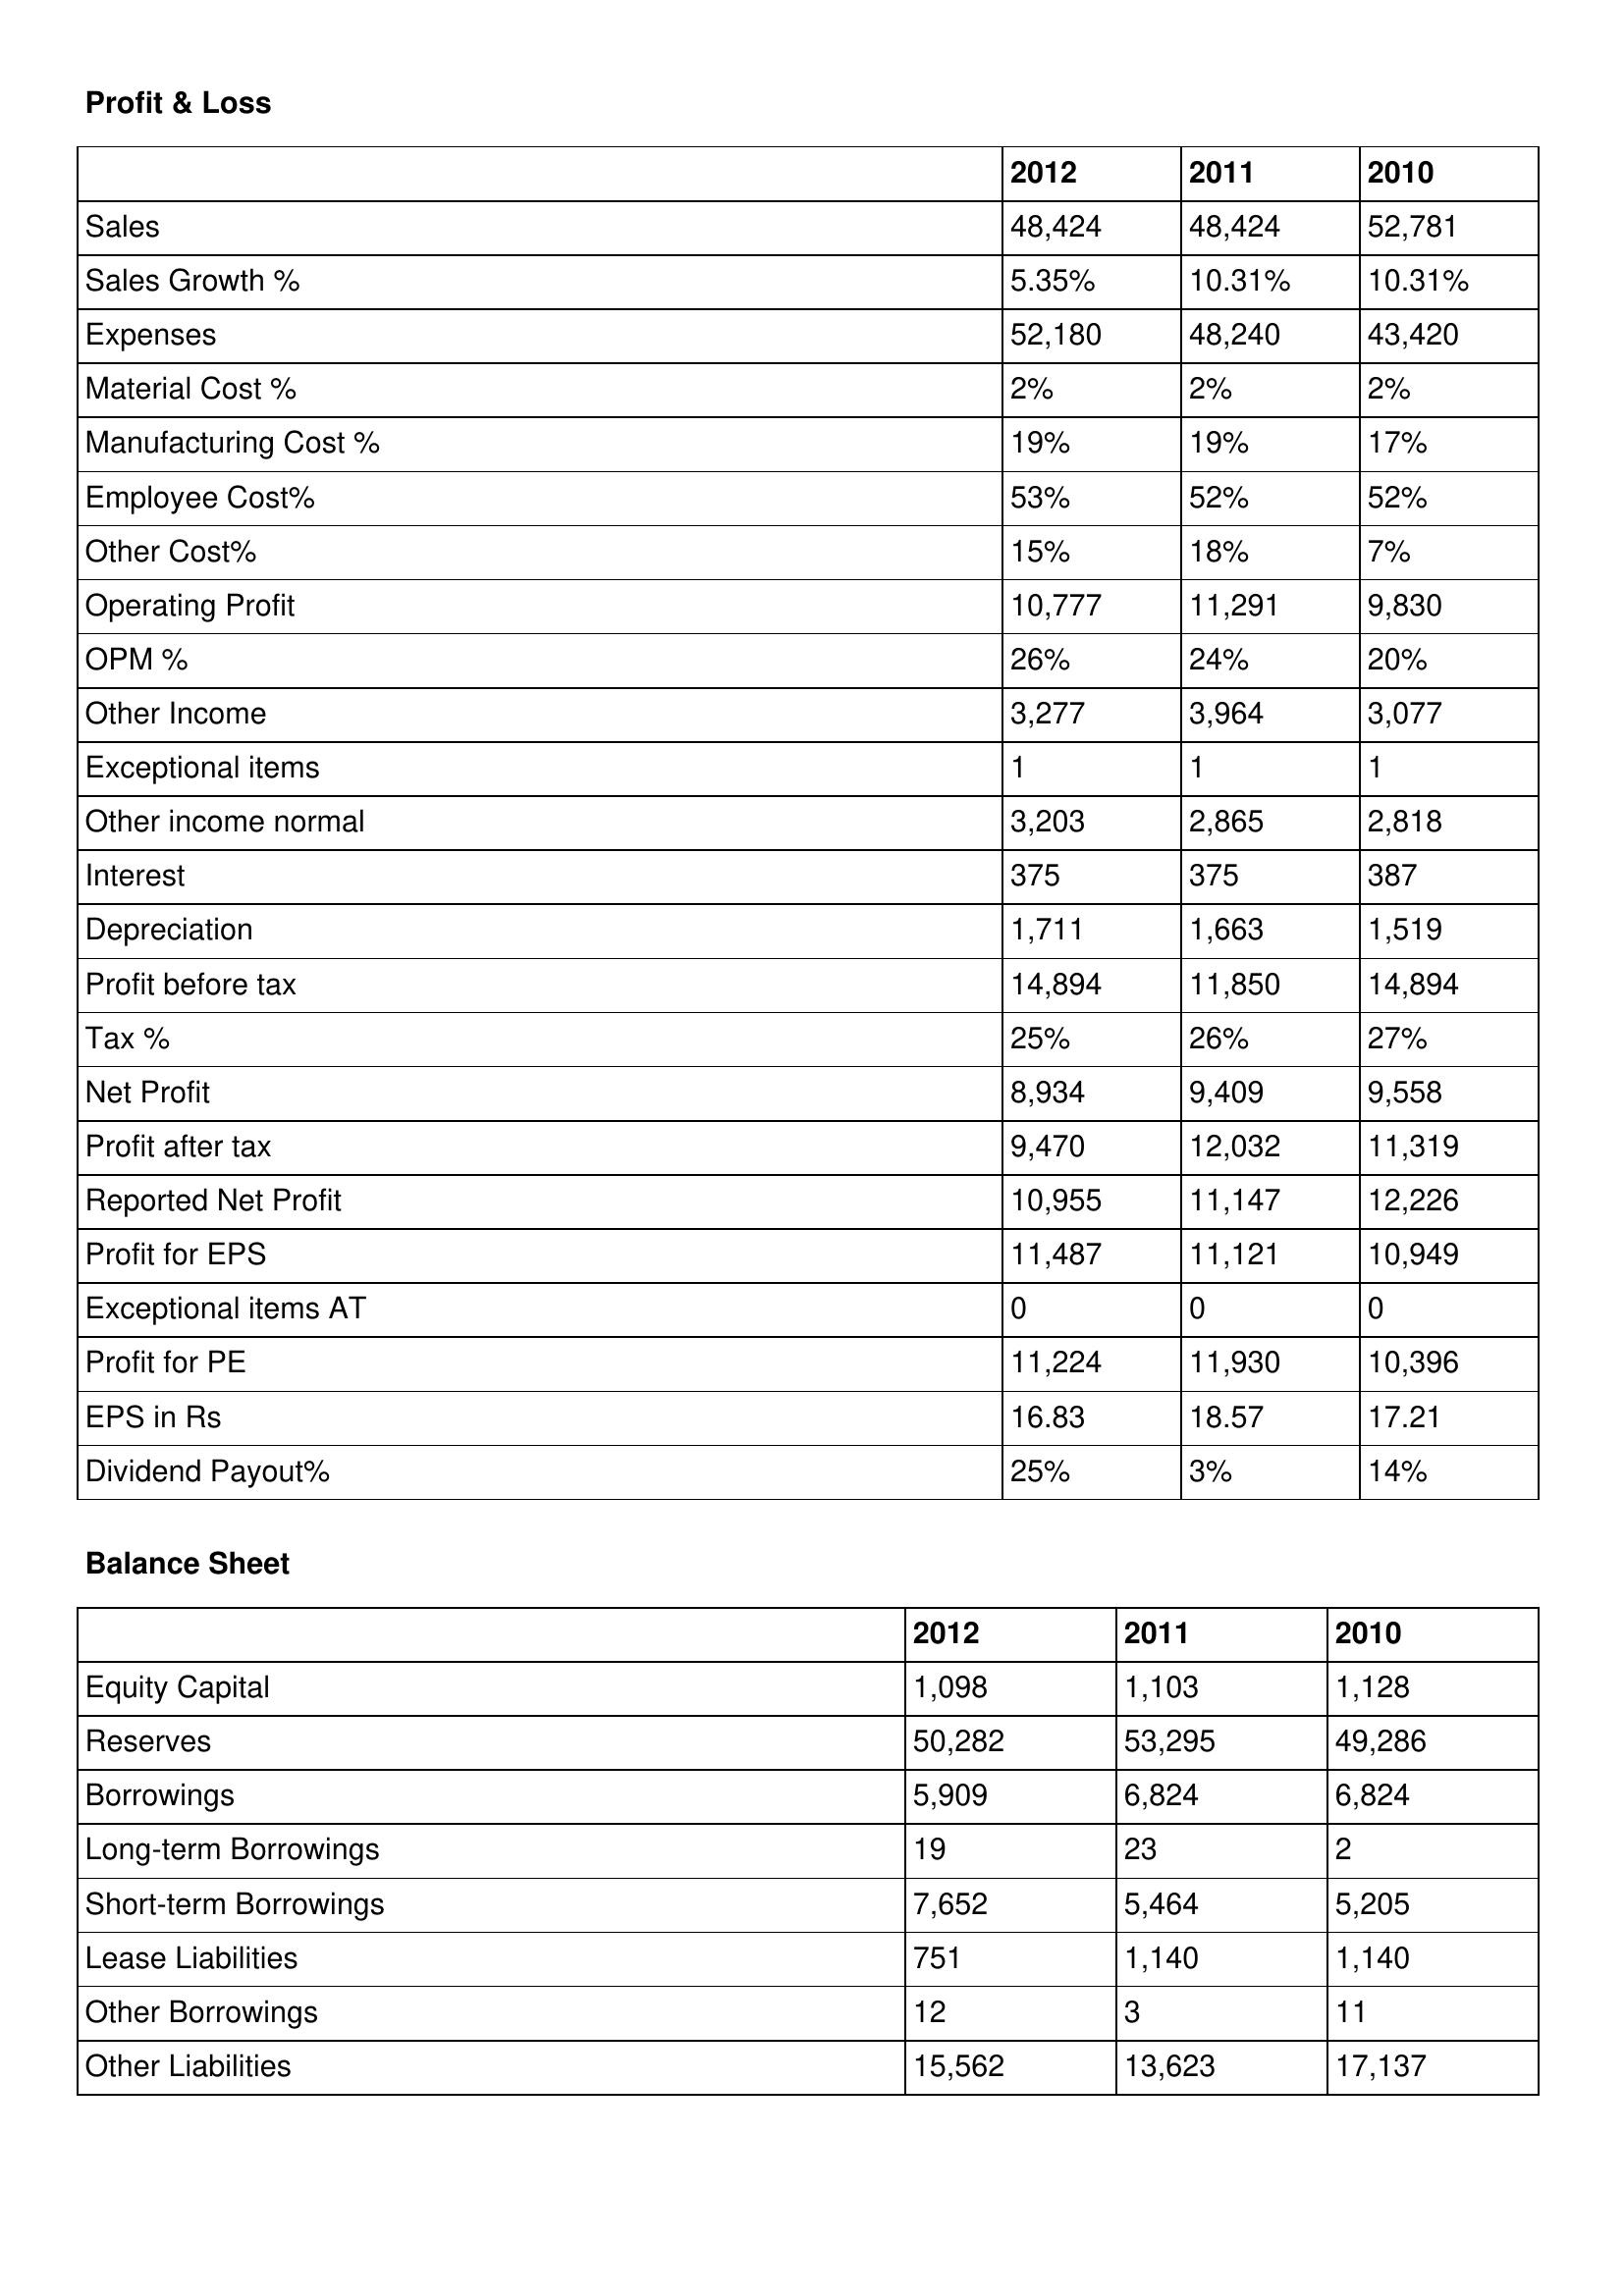
gt_parse: 2012: Profit & Loss: Sales: 48,424
Sales Growth %: 5.35%
Expenses: 52,180
Material Cost %: 2%
Manufacturing Cost %: 19%
Employee Cost%: 53%
Other Cost%: 15%
Operating Profit: 10,777
OPM %: 26%
Other Income: 3,277
Exceptional items: 1
Other income normal: 3,203
Interest: 375
Depreciation: 1,711
Profit before tax: 14,894
Tax %: 25%
Net Profit: 8,934
Profit after tax: 9,470
Reported Net Profit: 10,955
Profit for EPS: 11,487
Exceptional items AT: 0
Profit for PE: 11,224
EPS in Rs: 16.83
Dividend Payout%: 25%
Balance Sheet: Equity Capital: 1,098
Reserves: 50,282
Borrowings: 5,909
Long-term Borrowings: 19
Short-term Borrowings: 7,652
Lease Liabilities: 751
Other Borrowings: 12
Other Liabilities: 15,562
2011: Profit & Loss: Sales: 48,424
Sales Growth %: 10.31%
Expenses: 48,240
Material Cost %: 2%
Manufacturing Cost %: 19%
Employee Cost%: 52%
Other Cost%: 18%
Operating Profit: 11,291
OPM %: 24%
Other Income: 3,964
Exceptional items: 1
Other income normal: 2,865
Interest: 375
Depreciation: 1,663
Profit before tax: 11,850
Tax %: 26%
Net Profit: 9,409
Profit after tax: 12,032
Reported Net Profit: 11,147
Profit for EPS: 11,121
Exceptional items AT: 0
Profit for PE: 11,930
EPS in Rs: 18.57
Dividend Payout%: 3%
Balance Sheet: Equity Capital: 1,103
Reserves: 53,295
Borrowings: 6,824
Long-term Borrowings: 23
Short-term Borrowings: 5,464
Lease Liabilities: 1,140
Other Borrowings: 3
Other Liabilities: 13,623
2010: Profit & Loss: Sales: 52,781
Sales Growth %: 10.31%
Expenses: 43,420
Material Cost %: 2%
Manufacturing Cost %: 17%
Employee Cost%: 52%
Other Cost%: 7%
Operating Profit: 9,830
OPM %: 20%
Other Income: 3,077
Exceptional items: 1
Other income normal: 2,818
Interest: 387
Depreciation: 1,519
Profit before tax: 14,894
Tax %: 27%
Net Profit: 9,558
Profit after tax: 11,319
Reported Net Profit: 12,226
Profit for EPS: 10,949
Exceptional items AT: 0
Profit for PE: 10,396
EPS in Rs: 17.21
Dividend Payout%: 14%
Balance Sheet: Equity Capital: 1,128
Reserves: 49,286
Borrowings: 6,824
Long-term Borrowings: 2
Short-term Borrowings: 5,205
Lease Liabilities: 1,140
Other Borrowings: 11
Other Liabilities: 17,137